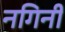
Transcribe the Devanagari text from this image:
नगिनी